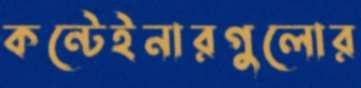
কন্টেইনারগুলোর